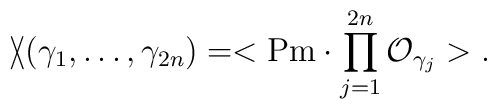
\backslash \!\!\!\slash (\gamma _{1},\ldots ,\gamma _{2n})=<{\rm  Pm}\cdot\prod_{j=1}^{2n}{\cal O}_{\gamma _{j}}>.